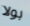
بولا